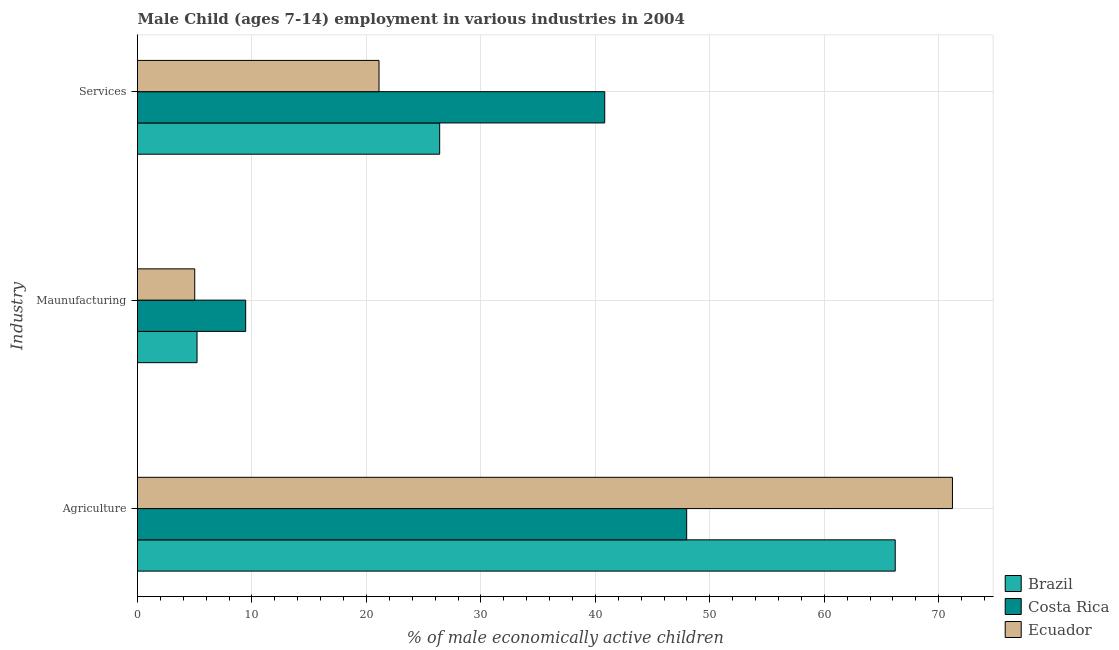
| Industry | Brazil | Costa Rica | Ecuador |
 | --- | --- | --- | --- |
 | Agriculture | 66.2 | 48 | 71.2 |
 | Maunufacturing | 5.2 | 9.45 | 5 |
 | Services | 26.4 | 40.8 | 21.1 |